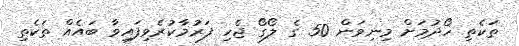
ތަކެތި ހޯދުމަށް މިނިވަން 50 ގެ ލޯގޯ ޖެހި ފަރުމާކުރެވިފައިވާ ބައެއް ތަކެތި